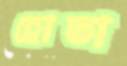
হোতা